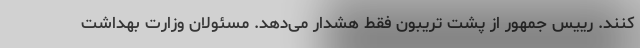
کنند. رییس جمهور از پشت تریبون فقط هشدار می‌دهد. مسئولان وزارت بهداشت